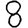
Digit: 8